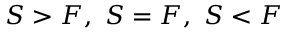
S > F , \ S = F , \ S < F